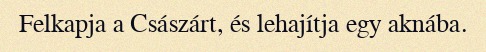
Felkapja a Császárt, és lehajítja egy aknába.